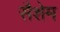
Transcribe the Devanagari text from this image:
सैशेम